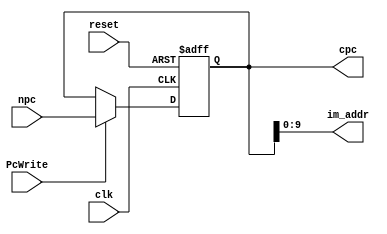
module pc(clk,reset,npc,cpc,im_addr,PcWrite);
  input clk,reset,PcWrite;
  input[31:0] npc;
  output reg[31:0] cpc;
  output[9:0] im_addr;
  assign im_addr=cpc[9:0];
  always@(posedge clk or posedge reset)
  begin
    if(reset)
    begin
      cpc<=32'h0000_3000;
    end
    else if(PcWrite)
      cpc<=npc;
  end
endmodule